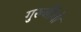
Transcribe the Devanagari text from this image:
गुरुर्जीवो